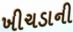
ખીચડાની